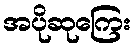
အပိုဆုကြေး